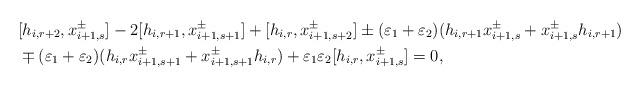
LaTeX: \begin{align*}&[h_{i,r+2}, x_{i+1,s}^{\pm}] - 2[h_{i,r+1}, x_{i+1,s+1}^{\pm}] + [h_{i,r}, x_{i+1,s+2}^{\pm}] \pm (\varepsilon_1 + \varepsilon_2) ( h_{i,r+1} x_{i+1,s}^{\pm} + x_{i+1,s}^{\pm} h_{i,r+1} ) \\&\mp (\varepsilon_1 + \varepsilon_2) ( h_{i,r} x_{i+1,s+1}^{\pm} + x_{i+1,s+1}^{\pm} h_{i,r} ) + \varepsilon_1 \varepsilon_2 [h_{i,r}, x_{i+1,s}^{\pm}] = 0 , \end{align*}